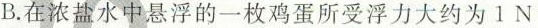
B.在浓盐水中悬浮的一枚鸡蛋所受浮力大约为1N